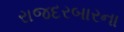
રાજદરબારના